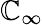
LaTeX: \mathbb{C}_{\infty}